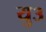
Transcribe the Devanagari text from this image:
यु३